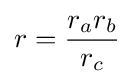
r={\frac {r_{a}r_{b}}{r_{c}}}